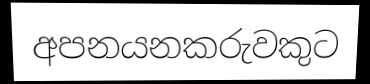
අපනයනකරුවකුට